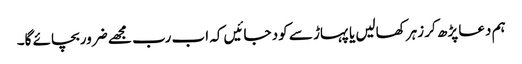
ہم دعا پڑھ کر زہرکھالیں یا پہاڑ سے کود جائیں کہ اب رب مجھے ضروربچائے گا۔